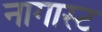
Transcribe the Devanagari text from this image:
नागास्ट